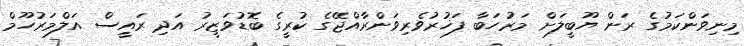
މިނިވަންކަމުގެ ރަން ޔޫބީލަށް މަރުހަބާ ފަޚުރުވެރިވަންރާއްޖޭގެ ކުރީގެ ބޮޑުވަޒީރު އަދި ރައީސް އަލްމަރުހޫމް